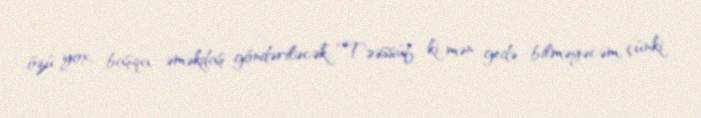
özü yox, başqa əməkdaş göndəriləcək: “Təəssüf ki, mən gedə bilməyəcəm, çünki